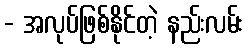
- အလုပ်ဖြစ်နိုင်တဲ့ နည်းလမ်း